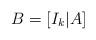
LaTeX: \begin{align*}B=[I_k | A]\end{align*}